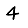
Digit: 4